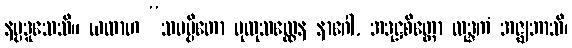
နပ္ပဒူသေသိ။ ယထာဟ “သမပ္ပိတော ပုထုသလ္လေန နာဂေါ, အဒုဋ္ဌစိတ္တော လုဒ္ဒကံ အဇ္ဈဘာသိ၊